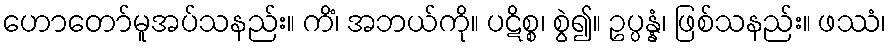
ဟောတော်မူအပ်သနည်း။ ကိံ၊ အဘယ်ကို။ ပဋိစ္စ၊ စွဲ၍။ ဥပ္ပန္နံ၊ ဖြစ်သနည်း။ ဖဿံ၊